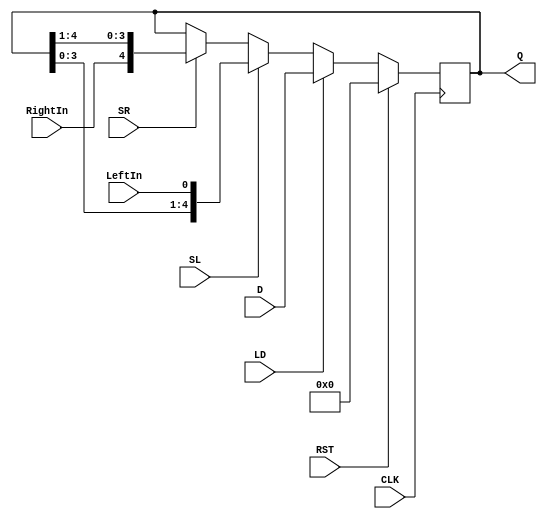
`timescale 1ns / 1ps
//////////////////////////////////////////////////////////////////////////////////
// Company: 
// Engineer: 
// 
// Design Name: 
// Module Name: RemainderShiftReg
// Project Name: 
// Target Devices: 
// Tool Versions: 
// Description: 
// 
// Dependencies: 
// 
// Revision:
// Revision 0.01 - File Created
// Additional Comments:
// 
//////////////////////////////////////////////////////////////////////////////////


module RemainderShiftReg(input CLK, RST, SL, SR, LD, LeftIn, RightIn,
                input [4:0] D,
                output reg [4:0] Q);
always @(posedge CLK)
    begin
        if(RST)
            Q <= 0;
        else if(LD)
            Q <= D;
        else if(SL)
            begin
                Q[4:0] <= {Q[3:0], LeftIn};
            end
        else if(SR)
            begin
                Q[4:0] <= {RightIn,Q[4:1]};
            end
        else    Q[4:0] <= Q[4:0];
     end
endmodule